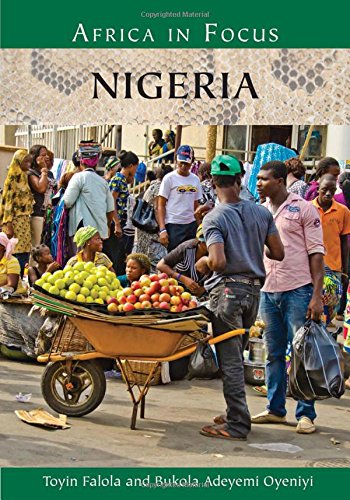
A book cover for Nigeria (Nations in Focus); Toyin Falola Ph.D.; History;